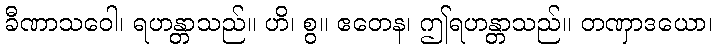
ခီဏာသဝေါ၊ ရဟန္တာသည်။ ဟိ၊ စွ။ ဧတေန၊ ဤရဟန္တာသည်။ တဏှာဒယော၊